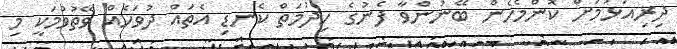
ދިރިއުޅުމަށް ކޮންމެހެން ބޭނުންވާ ފެނުގެ ހިދުމަތް ކެނޑި އެތައް ދުވަހެއް ވޭތުވުމަކީ މި